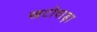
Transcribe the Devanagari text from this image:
खटोवाड़ा